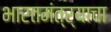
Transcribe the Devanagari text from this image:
भारतमंत्र्याचा